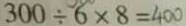
3 0 0 \div 6 \times 8 = 4 0 0